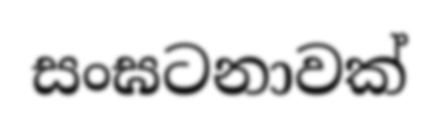
සංඝටනාවක්